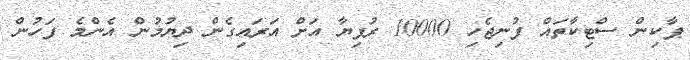
ޕާކިން ސްޓިކާތައް ފުނިޖެހި 10000 ރުފިޔާ އަށް އަރައިގެން ދިޔުމުން އެންމެ ފަހުން